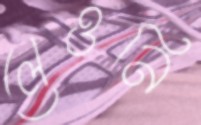
লেওনি